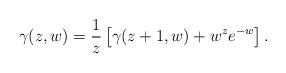
LaTeX: \begin{align*}\gamma(z, w) =\frac{1}{z} \left[ \gamma(z + 1, w) + w^z e^{-w} \right].\end{align*}